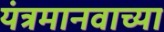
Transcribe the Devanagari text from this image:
यंत्रमानवाच्या